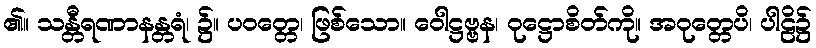
၏။ သန္တီရဏာနန္တရံ၊ ၌။ ပဝတ္တေ၊ ဖြစ်သော။ ဝေါဋ္ဌဗ္ဗန၊ ဝုဋ္ဌောစိတ်ကို။ အဝုတ္တေပိ၊ ပါဠိ၌